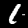
Label: 1